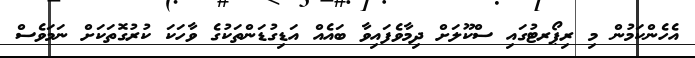
އެހެންކަމުން މި ރިޕޯރޓުގައި ސްކޫލަށް ދިމާވެފައިވާ ބައެއް އަޑިގުޑަންތަކުގެ ވާހަކަ ކުރުގޮތަކަށް ނަމަވެސް